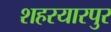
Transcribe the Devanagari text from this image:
शहरयारपुर